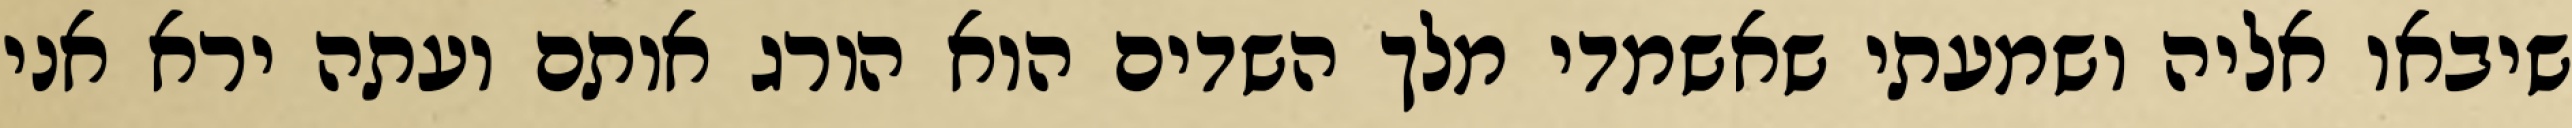
שיבאו אליה ושמעתי שאשמדי מלך השדים הוא הורג אותם ועתה ירא אני